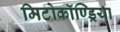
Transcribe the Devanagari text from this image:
मिटोकॉण्ड्रिया